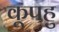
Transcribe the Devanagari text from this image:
कूपहु